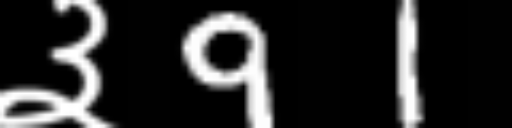
Text: ३91